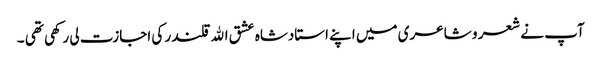
آپ نے شعر و شاعری میں اپنے استادشاہ عشق اﷲ قلندر کی اجازت لی رکھی تھی ۔